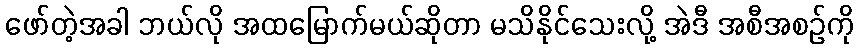
ဖော်တဲ့အခါ ဘယ်လို အထမြောက်မယ်ဆိုတာ မသိနိုင်သေးလို့ အဲဒီ အစီအစဉ်ကို